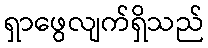
ရှာဖွေလျက်ရှိသည်